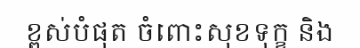
ខ្ពស់បំផុត ចំពោះសុខទុក្ខ និង